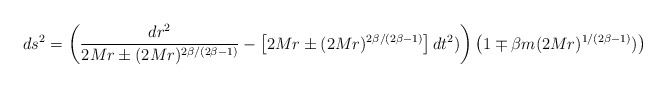
\begin{align*}ds^2 = \left( \frac{dr^2}{2Mr \pm (2Mr)^{2\beta/(2\beta-1)}} -\left[2Mr \pm (2Mr)^{2\beta/(2\beta-1)}\right] dt^2) \right)\left( 1 \mp \beta m (2Mr)^{1/(2\beta-1)}) \right) \end{align*}